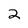
Character: 2